Indian journal of veterinary science and animal husbandry - Volumes 15-17, 1948-1951
Year: 1948
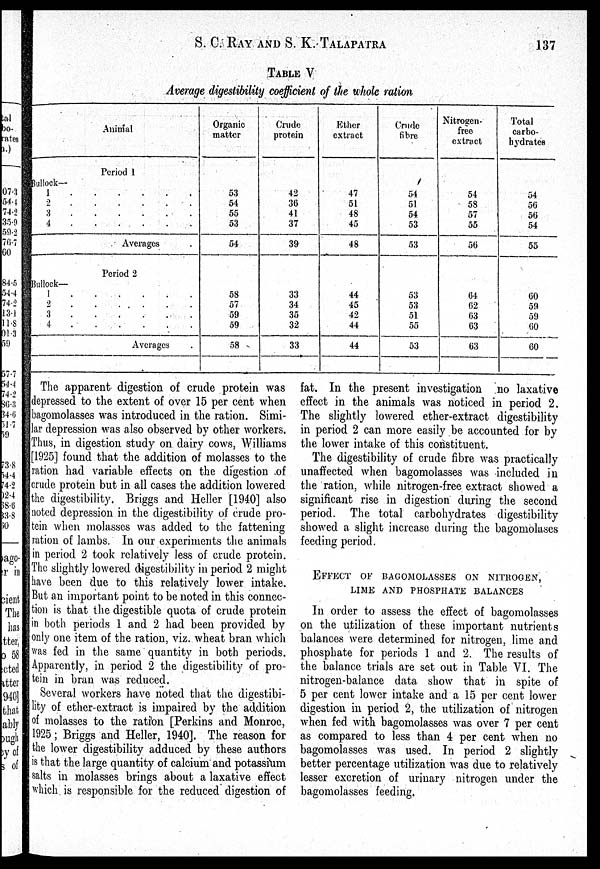
S. C. RAY AND S. K.
TALAPATRA
137
TABLE V
Average digestibility coefficient of the whole ration
Animal
Period 1
Bullock—
1
.
.
.
.
.
.
.
.
2 . . . . . . . .
3 . . . . . . . .
4 . . . . . . . .
Averages .
Period 2
Bullock—
1 . . . . .
.
.
.
2 . . . . . . . .
3
.
.
.
. . . . .
4 . . . . . . . .
Averages .
Organic
matter
53
54
55
53
54
58
57
59
59
58
Crude
protein
42
36
41
37
39
33
34
35
32
33
Ether
extract
47
51
48
45
48
44
45
42
44
44
Crude
fibre
54
51
54
53
53
53
53
51
55
53
Nitrogen-
free
extract
54
58
57
55
56
64
62
63
63
63
Total
carbo-
hydrates
54
56
56
54
55
60
59
59
60
60
The apparent digestion of crude protein was
depressed to the extent of over 15 per cent when
bagomolasses was introduced in the ration. Simi-
lar depression was also observed by other workers.
Thus, in digestion study on dairy cows, Williams
[1925] found that the addition of molasses to the
ration had variable effects on the digestion of
crude protein but in all cases the addition lowered
the digestibility. Briggs and Heller [1940] also
noted depression in the digestibility of crude pro-
tein when molasses was added to the fattening
ration of lambs. In our experiments the animals
in period 2 took relatively less of crude protein.
The slightly lowered digestibility in period 2 might
have been due to this relatively lower intake.
But an important point to be noted in this connec-
tion is that the digestible quota of crude protein
in both periods 1 and 2 had been provided by
only one item of the ration, viz. wheat bran which
was fed in the same quantity in both periods.
Apparently, in period 2 the digestibility of pro-
tein in bran was reduced.
Several workers have noted that the digestibi-
lity of ether-extract is impaired by the addition
of molasses to the ration [Perkins and Monroe,
1925; Briggs and Heller, 1940]. The reason for
the lower digestibility adduced by these authors
is that the large quantity of calcium and potassium
salts in molasses brings about a laxative effect
which is responsible for the reduced digestion of
fat. In the present investigation no laxative
effect in the animals was noticed in period 2.
The slightly lowered ether-extract digestibility
in period 2 can more easily be accounted for by
the lower intake of this constituent.
The digestibility of crude fibre was practically
unaffected when bagomolasses was included in
the ration, while nitrogen-free extract showed a
significant rise in digestion during the second
period. The total carbohydrates digestibility
showed a slight increase during the bagomolases
feeding period.
EFFECT OF BAGOMOLASSES ON NITROGEN,
LIME AND PHOSPHATE BALANCES
In order to assess the effect of bagomolasses
on the utilization of these important nutrients
balances were determined for nitrogen, lime and
phosphate for periods 1 and 2. The results of
the balance trials are set out in Table VI. The
nitrogen-balance data show that in spite of
5 per cent lower intake and a 15 per cent lower
digestion in period 2, the utilization of nitrogen
when fed with bagomolasses was over 7 per cent
as compared to less than 4 per cent when no
bagomolasses was used. In period 2 slightly
better percentage utilization was due to relatively
lesser excretion of urinary nitrogen under the
bagomolasses feeding.